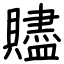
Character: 贐